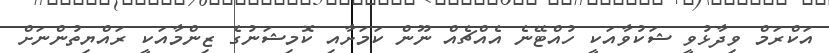
އަކްރަމް ވިދާޅުވީ ޝަކުވާއަކީ ހުއްޓޭނެ އެއްޗެއް ނޫން ކަމަށާއި ކޮމިޝަނުގެ ޒިންމާއަކީ ރައްޔިތުންނަށް